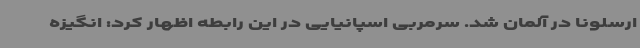
ارسلونا در آلمان شد. سرمربی اسپانیایی در این رابطه اظهار کرد: انگیزه